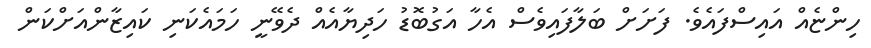
ހިންޏެއް އައިސްފައެވެ. ފަށަށް ބަލާފައިވެސް އެހާ އަގުބޮޑު ހަދިޔާއެއް ދެވޭނީ ހަމައެކަނި ކައިޒާންއަށްކަން